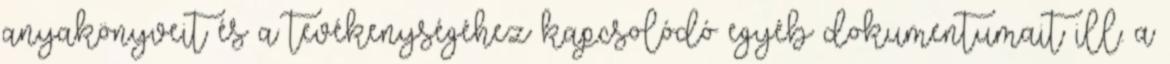
anyakönyveit és a tevékenységéhez kapcsolódó egyéb dokumentumait ill. a